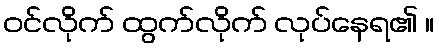
ဝင်လိုက် ထွက်လိုက် လုပ်နေရ၏ ။